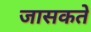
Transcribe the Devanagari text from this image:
जासकते